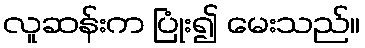
လူဆန်းက ပြုံး၍ မေးသည်။